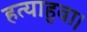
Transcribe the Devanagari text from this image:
हत्याहुवा।